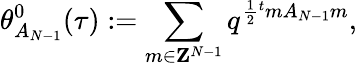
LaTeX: \theta_{A_{N-1}}^{0}(\tau):=\sum_{m\in{\mathbf Z}^{N-1}}q^{\frac{1}{2}{}^{t}mA_{N-1}m},